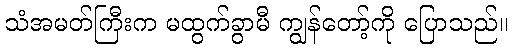
သံအမတ်ကြီးက မထွက်ခွာမီ ကျွန်တော့်ကို ပြောသည်။